Civil Veterinary Department Bihar & Orissa reports 1929-36 - 1929-1936
Year: 1929
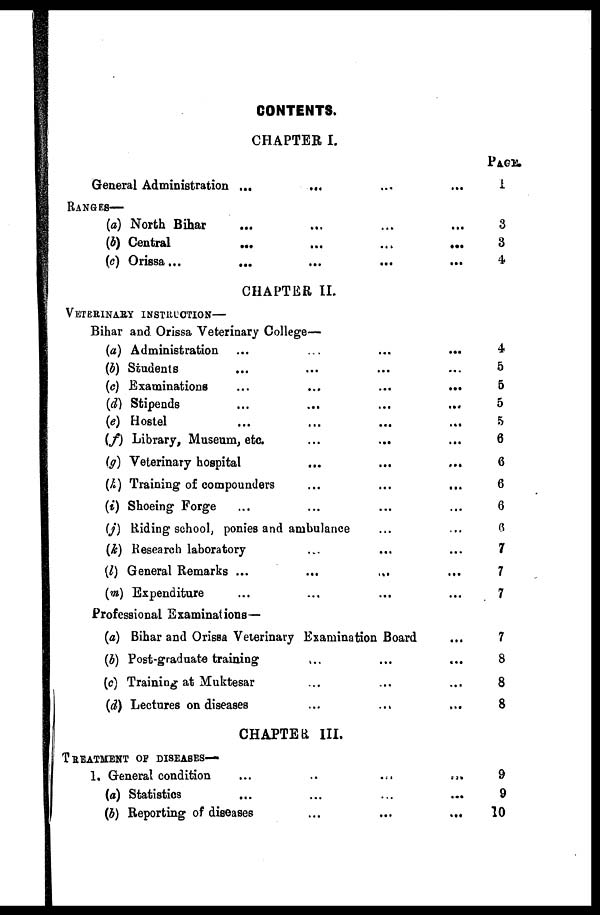
CONTENTS.
CHAPTER I.
General Administration ... ... ... ... ...
RANGES—
(a) North Bihar ... ... ... ...
(b) Central
...
...
....
...
(c) Orissa ...
... ... ... ...
CHAPTER II.
VETERINARY INSTRUCTION—
Bihar and Orissa Veterinary College—
(a) Administration ... ... ... ...
(b) Students ... ... ... ...
(c) Examinations ... ... ... ...
(d) Stipends ... ... ... ...
(e) Hostel ... ... ... ...
(f) Library, Museum, etc. ... ... ...
(g) Veterinary hospital ... ... ...
(h) Training of compounders ... ... ...
(i) Shoeing Forge ... ... ... ...
(j) Riding school, ponies and ambulance ... ...
(k) Research laboratory ... ... ...
(l) General Remarks ... ... ... ...
(m) Expenditure ... ... ... ...
Professional Examinations—
(a) Bihar and Orissa Veterinary Examination Board ...
(b) Post-graduate training ... ... ... ...
(c) Training at Muktesar ... ... ... ...
(d) Lectures on diseases ... ... ... ...
CHAPTER III.
TREATMENT OF DISEASES—
1. General condition
...
...
...
...
(a) Statistics ... ... ... ...
(5) Reporting of diseases
...
...
...
PAGE.
1
3
3
4
4
5
5
5
5
6
6
6
6
6
7
7
7
7
8
8
8
9
9
10